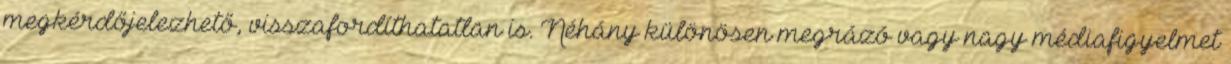
megkérdőjelezhető, visszafordíthatatlan is. Néhány különösen megrázó vagy nagy médiafigyelmet